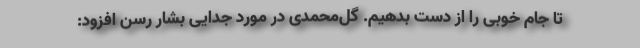
تا جام خوبی را از دست بدهیم. گل‌محمدی در مورد جدایی بشار رسن افزود: